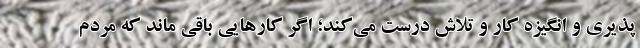
‌پذیری و انگیزه کار و تلاش درست می‌کند؛ اگر کارهایی باقی ماند که مردم